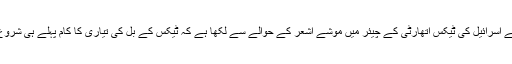
دی مارکر نے اسرائیل کی ٹیکس اتھارٹی کے چیئر میں موشے اشعر کے حوالے سے لکھا ہے کہ ٹیکس کے بل کی تیاری کا کام پہلے ہی شروع ہو چکا ہے۔